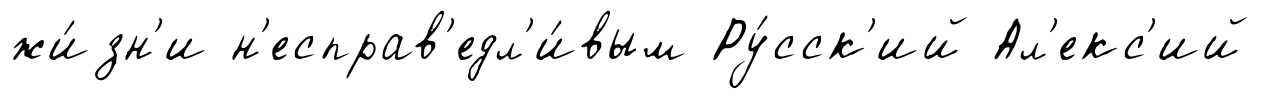
жи́зн'и н'есправ'едл'и́вым Ру́сск'ий Ал'екс'ий